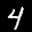
Label: 4